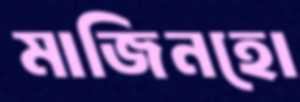
মাজিনহো